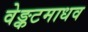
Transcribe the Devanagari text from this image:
वेङ्कटमाधव